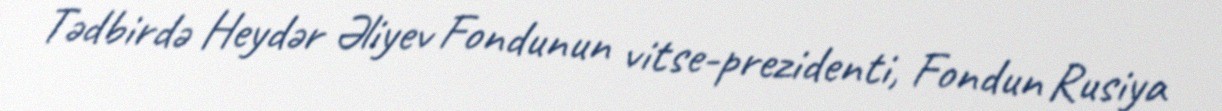
Tədbirdə Heydər Əliyev Fondunun vitse-prezidenti, Fondun Rusiya